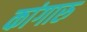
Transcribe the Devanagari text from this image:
कांगारु